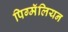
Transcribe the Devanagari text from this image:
पिग्मॅलियन